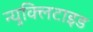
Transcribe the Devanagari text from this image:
न्युक्लिटाइड